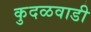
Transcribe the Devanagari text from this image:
कुदळवाडी